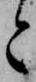
と